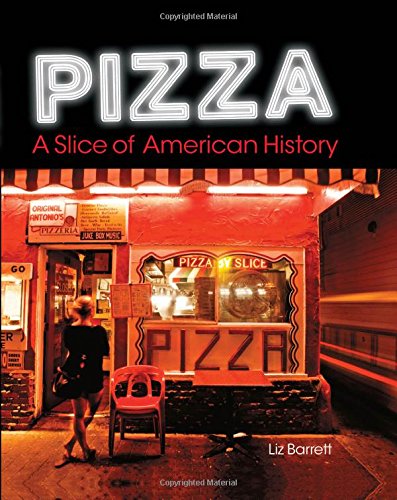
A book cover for Pizza, A Slice of American History; Liz Barrett; Cookbooks, Food & Wine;